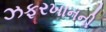
ઝફરખાનની